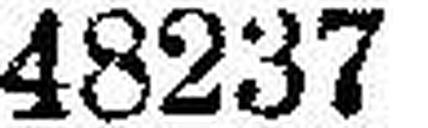
48237